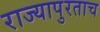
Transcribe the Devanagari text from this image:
राज्यापुरताच